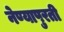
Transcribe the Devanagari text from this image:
नेण्यापुरती